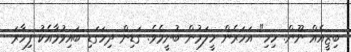
ބިޒީއެއް ނޫން. ހިހި" އަހަރެން ހީލަމުން ބުނީމެވެ. ގަޑިން ދިހަގަޑި ބައިވުމާއެކު ފިހާރަ